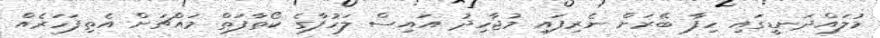
މުލައްދަނޑީގައި ހިފާ ބޭރަށް ނެރިފައި މުޖާހިދު އައިސް ލަހުފާގެ ކޯތާފަތް މައްޗަށް އެތިފަހަރެއް